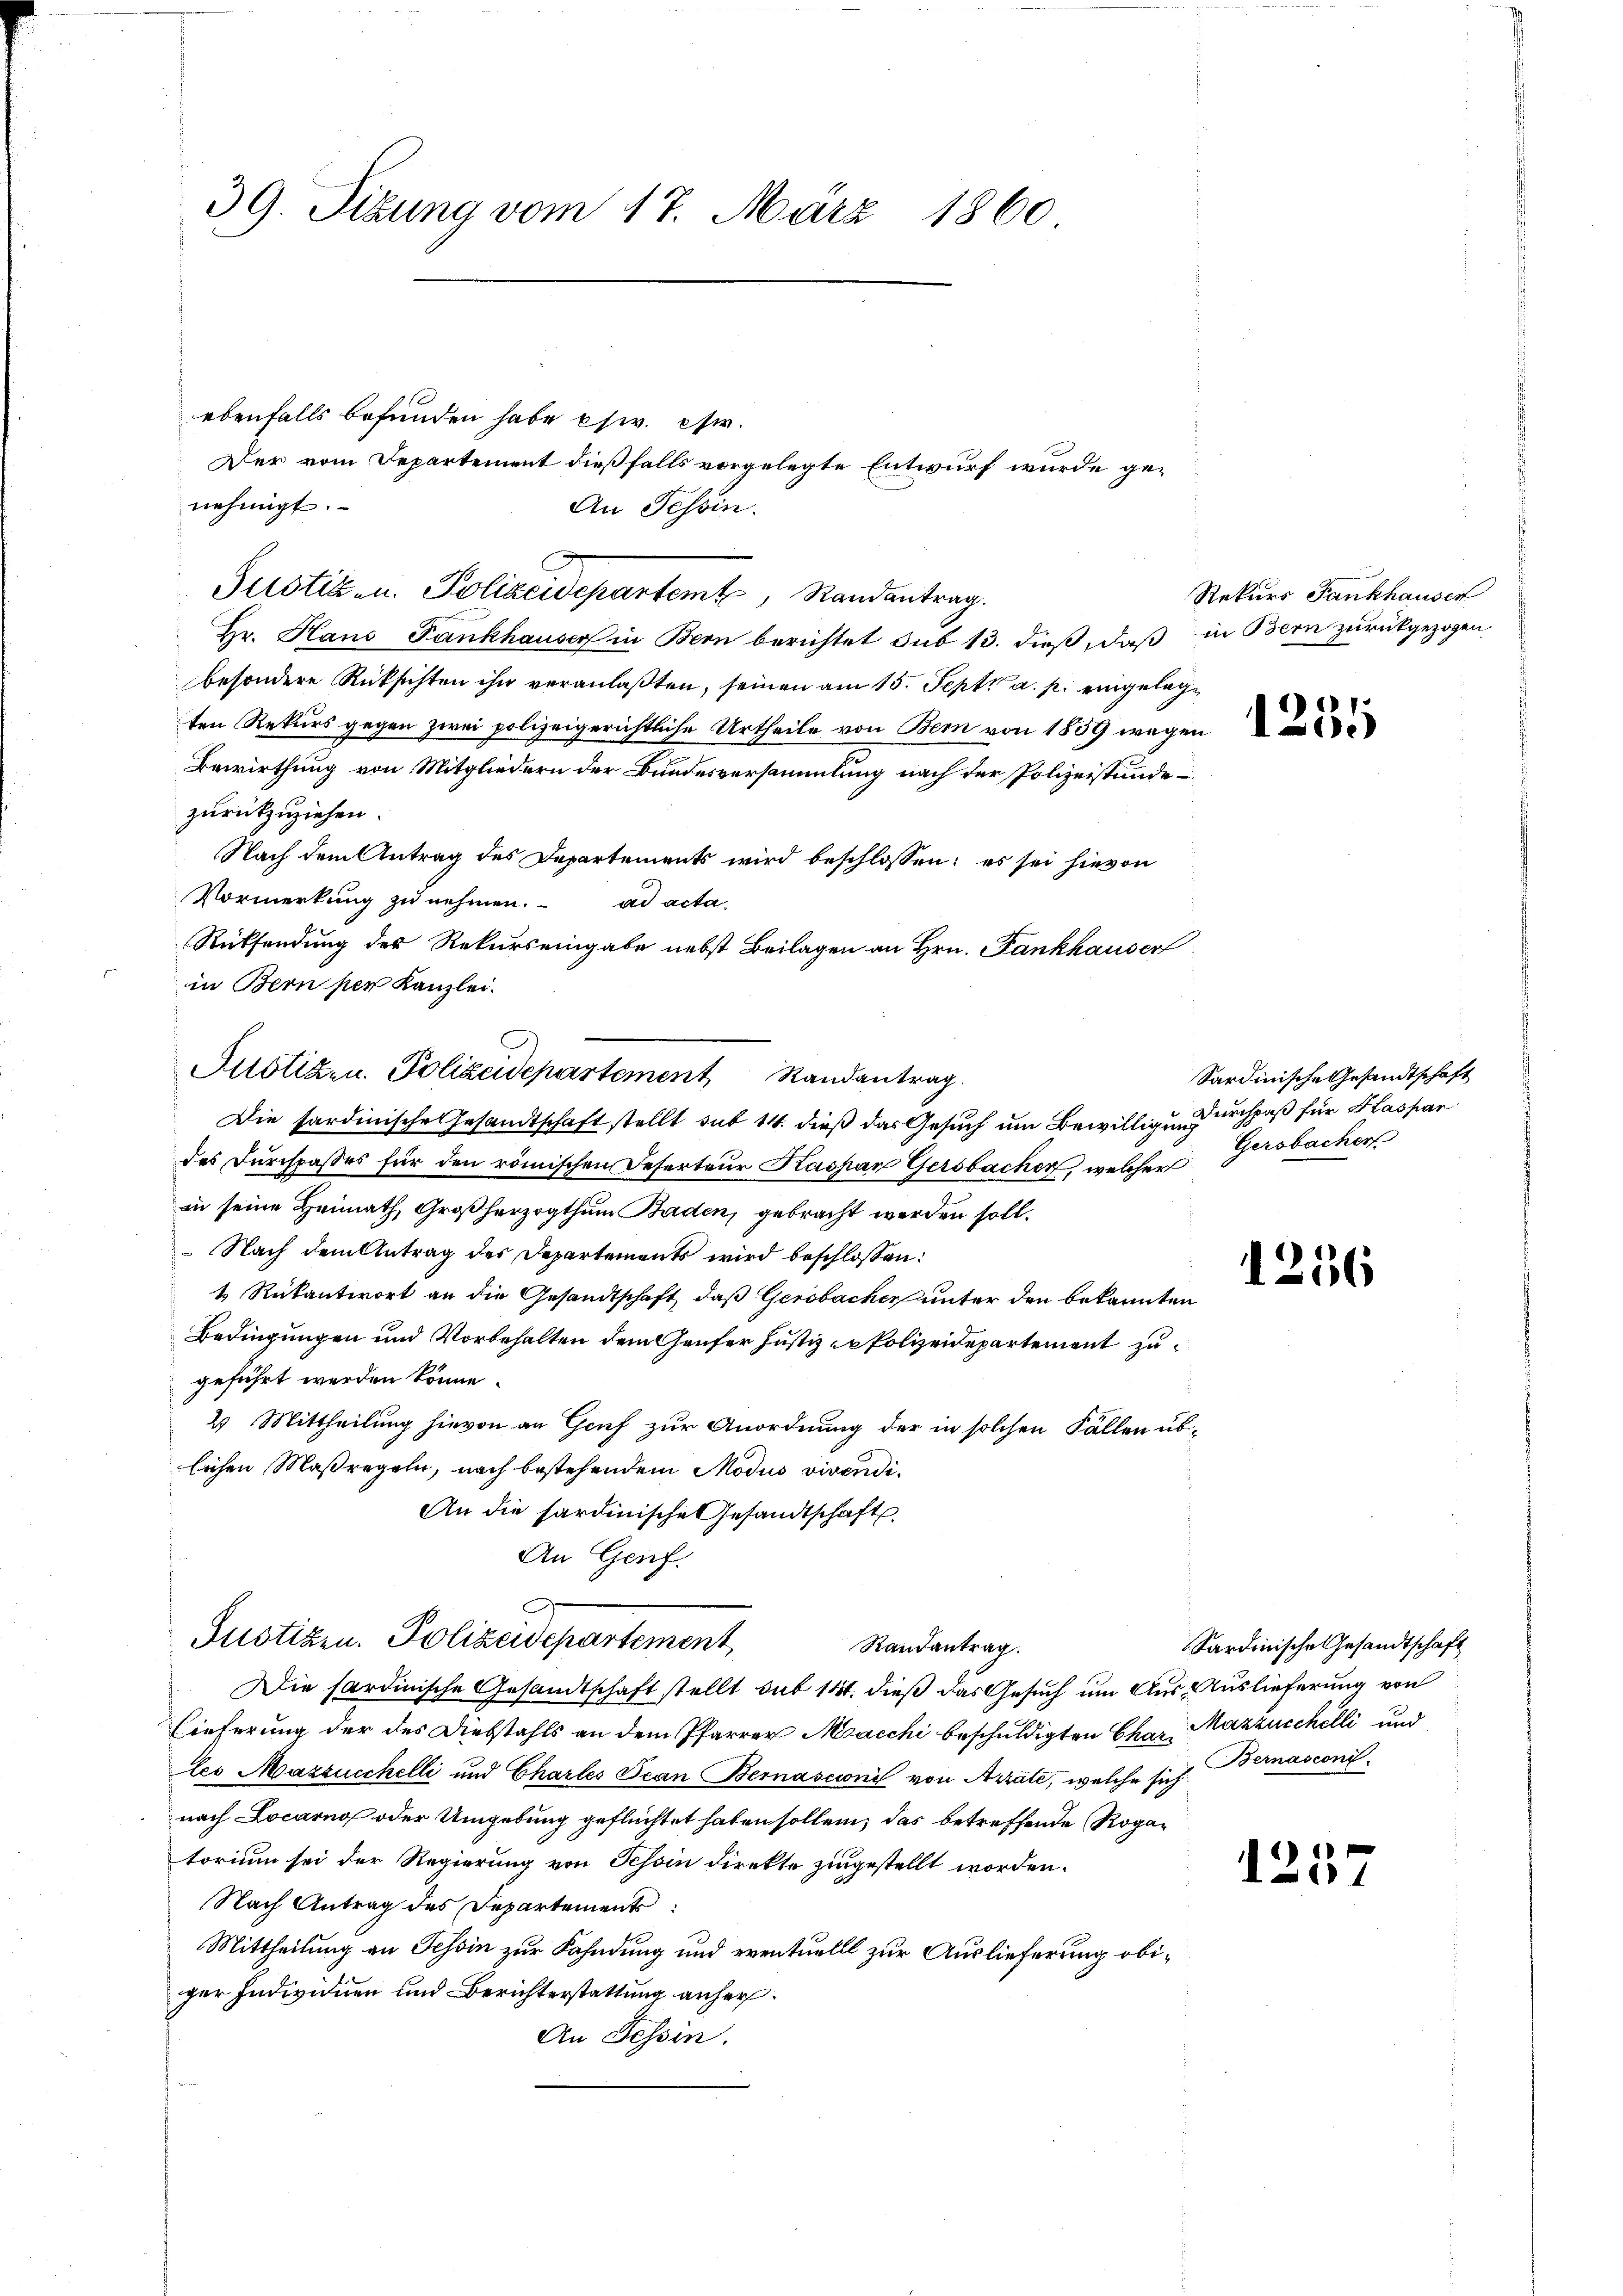
39. Sitzung vom 17. März 1860

nehmigt.

ebenfalls befunden habe esw. usw.
Der vom Departement dießfalls vorgelegte Entwurf wurde ge¬
An Tessin.
Justiz- u. Polizeidepartemt, Randantrag.
Hr. Hans Fankhauser in Bern berichtet sub 13. dieß, daß in Bern zurückgezogen.
besondere Rücksichten ihn veranlaßten, seinen am 15. Sept. a. p. eingelegten Rekurs gegen zwei polizeigerichtliche Urtheile von Bem von 1839 wegen
Bewirthung von Mitgliedern der Bundesversammlung nach der Polizeistundezurückzuziehen.
Nach dem Antrag des Departements wird beschlossen: es sei hievon
Vormerkung zu nehmen. ad acta¬
Rücksendung des Rekurs eingabe nebst Beilagen an Hrn. Fankhauser
in Bern per Kanzlei.
Justizen. Polizeidepartement Randantrag
Die sardinische Gesandtschaft stellt sub 14. dieß das Gesuch um Bewilligung urchpaß für Kaspar
des Durchpaßes für den römischen Reserteur Kaspan Gersbacher, welcher
in seine Heimath Großherzogthum Baden, gebracht werden soll.
 Nach dem Antrag des Departements wird beschlossen:
1 Rükantwort an die Gesandtschaft, daß Gersbacher unter den bekannten
Bedingungen und Vorbehalten dem Genfer Justiz in Polizeidepartement zu
geführt werden könne.
2 Mittheilung hievon an Genf zur Anordnung der in solchen Fällen üblichen Maßregeln, nach bestehendem Modus vivendi¬
An die hardinische Gesandtschaft
An Grief.
Justizen Polizeidepartement
Randantrag.
Die sardinische Gesandtschaft stellt sub 141. dieß das Gesuch um Aus Auslieferung von
Lieferung der des Diebstahls an dem Pfarrer Msacchi beschuldigten Char Mazzucchelli und
les Mazzucchelli und Chartes Jean Bernascini von Arrate, welche sich ernasconi
nach Locarno oder Umgebung geflüchtet haben sollen, das betreffende Rogatorium sei der Regierung von Tehoin direkte zingestellt worden.
Nach Antrag des Departement
Mittheilung an Tessin zur Fahndung und eventuellt zur Auslieferung obiger Individuen und Berichterstattung anher¬
An Tessin.

Rekurs Fankhauser

.
1200

Sardinische Gesandtschaft
Gersbacher

1256

Sardinische Gesandtschaft

1257